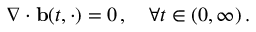
\nabla \cdot \ensuremath { \mathbf { b } } ( t , \cdot ) = 0 \, , \quad \forall t \in ( 0 , \infty ) \, .